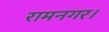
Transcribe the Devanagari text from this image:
रामनगर।